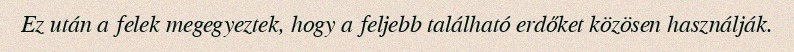
Ez után a felek megegyeztek, hogy a feljebb található erdőket közösen használják.